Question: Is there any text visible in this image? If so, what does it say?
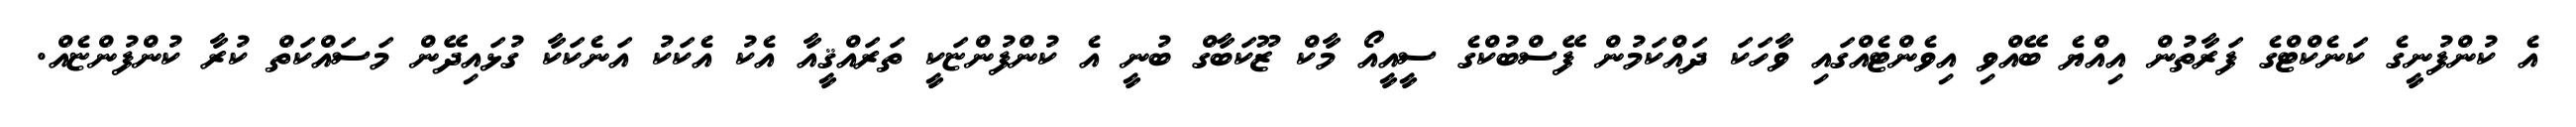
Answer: އެ ކުންފުނީގެ ކަނެކްޓްގެ ފަރާތުން އިއްޔެ ބޭއްވި އިވެންޓެއްގައި ވާހަކަ ދައްކަމުން ފޭސްބުކްގެ ސީއީއޯ މާކް ޒޫކަބާގް ބުނީ އެ ކުންފުންޏަކީ ތަރައްޤީއާ އެކު އެކަކު އަނެކަކާ ގުޅައިދޭން މަސައްކަތް ކުރާ ކުންފުންޏެއް.